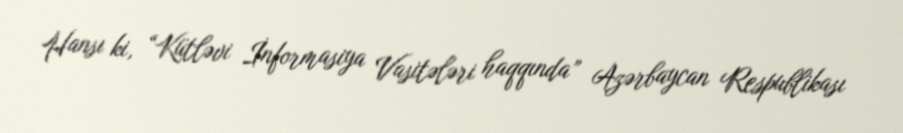
Hansı ki, “Kütləvi İnformasiya Vasitələri haqqında” Azərbaycan Respublikası